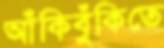
আঁকিবুঁকিতে